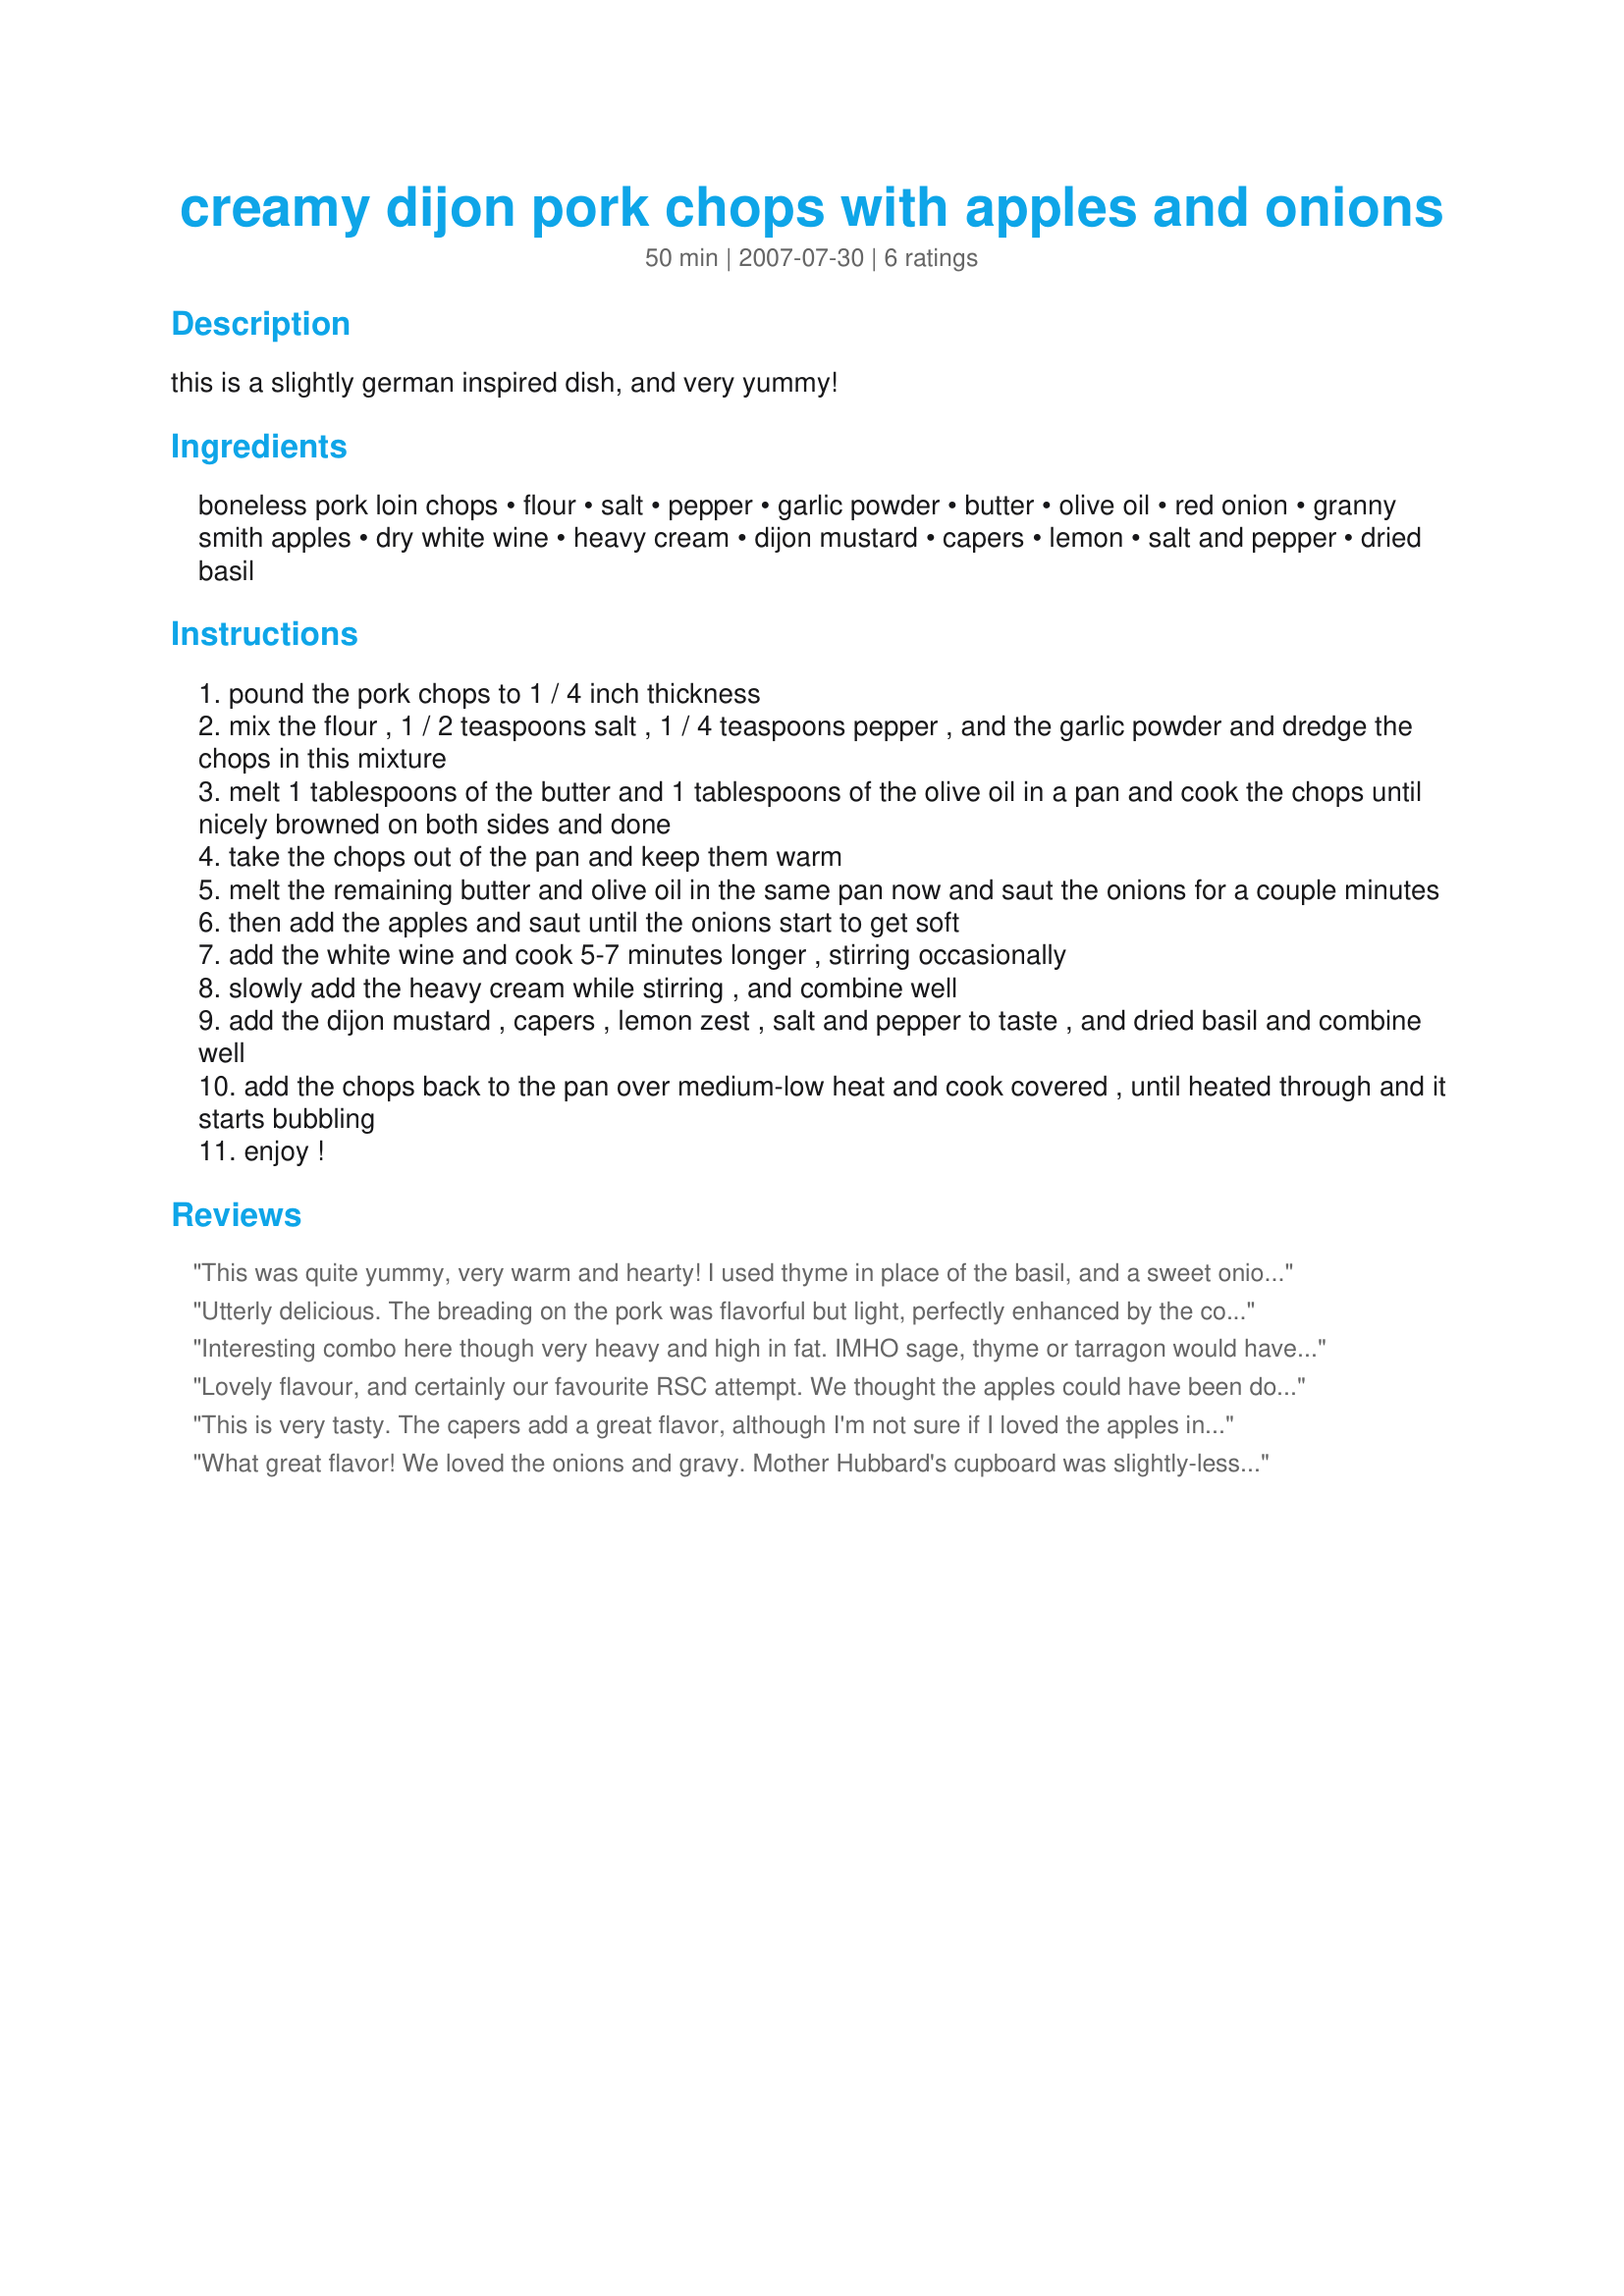
creamy dijon pork chops with apples and onions
Preparation time: 50 minutes

this is a slightly german inspired dish, and very yummy!

Ingredients:
boneless pork loin chops, flour, salt, pepper, garlic powder, butter, olive oil, red onion, granny smith apples, dry white wine, heavy cream, dijon mustard, capers, lemon, salt and pepper, dried basil

Steps:
pound the pork chops to 1 / 4 inch thickness
mix the flour , 1 / 2 teaspoons salt , 1 / 4 teaspoons pepper , and the garlic powder and dredge the chops in this mixture
melt 1 tablespoons of the butter and 1 tablespoons of the olive oil in a pan and cook the chops until nicely browned on both sides and done
take the chops out of the pan and keep them warm
melt the remaining butter and olive oil in the same pan now and saut the onions for a couple minutes
then add the apples and saut until the onions start to get soft
add the white wine and cook 5-7 minutes longer , stirring occasionally
slowly add the heavy cream while stirring , and combine well
add the dijon mustard , capers , lemon zest , salt and pepper to taste , and dried basil and combine well
add the chops back to the pan over medium-low heat and cook covered , until heated through and it starts bubbling
enjoy !

Reviews:
This was quite yummy, very warm and hearty! I used thyme in place of the basil, and a sweet onion for the red, I also skipped the capers as I thought they would take the flavors in a direction I would not want to go. We like lots of sauce so I added low sodium beef broth in addition to the wine. I served this with mashed red potatoes the perfect comfort food for a cold, rainy night. Thanks Midwest Maven for your wonderful dish. Posted for ZWT 4 Germany and Benelux
Utterly delicious. The breading on the pork was flavorful but light, perfectly enhanced by the combination of butter and olive oil (wonderful combination!). Because I was making a monster batch and because I donâ€™t like dampened breading, I didnâ€™t add the chops back to the pan but rather served the sauce over the chops immediately before serving. The apple-onion mix was delicious where it ran onto the buttered, egg noodles I served with it too. Recipe #239426 completed a meal that would put many restaurants to shame. If it can be improved it can only be in increasing the goodness by making even more apples and onions.

Note: People making additional servings might do well to add all the butter and olive oil for frying the chops to the pan at the same time because continually adding cold butter and oil and waiting for it to heat risked scorching the flour that had fallen from the earlier batches of chops.
Interesting combo here though very heavy and high in fat. IMHO sage, thyme or tarragon would have been better choices than basil, We would have preferred the apples chunkier as well. This was not a pretty dish but did have some great potential and good base flavors. I beleive if the amounts are played with and adjusted a better balance can be acheived. Good luck chef!
Lovely flavour, and certainly our favourite RSC attempt. We thought the apples could have been doubled, the mustard tripled and the flour halved. We had SO much flour left over. I'm sure we'll make this again. Thanks for a keeper.
This is very tasty. The capers add a great flavor, although I'm not sure if I loved the apples in it or not. I think the sauce could stand on it's own without them. I did cut the recipe down to feed one, and it came out ok, but it would be better if making that small a portion to double the sauce ingedients, as there wasn't much for me to simmer, but it still came out very good. (I did not hold this against the recipe, some don't cut down as well as others and you don't know until you try!) It's easy and fast to make..I don't think mine took 50 minutes as stated in the recipe. Very nice entry for the contest. Good Luck!
What great flavor! We loved the onions and gravy. Mother Hubbard's cupboard was slightly-less well-stocked than normal, so we ended up with only half-the-amount of white wine, but made up with sherry--very good results (at least we thought so). Thought the Dijon should have been stronger (more). Other than that, this was a very good! recipe!!! *Made for RSC #10*
